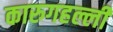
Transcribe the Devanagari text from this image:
कारुगहल्ली